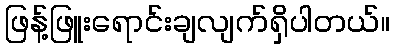
ဖြန့်ဖြူးရောင်းချလျက်ရှိပါတယ်။